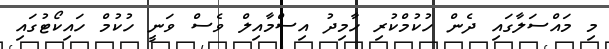
މި މައްސަލާގައި ދެން ހުކުމްކުރި ހާމިދު އިސްމާއިލް ވެސް ވަނީ ހުކުމް ހައިކޯޓުގައި